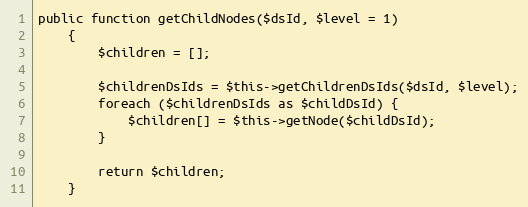
Language: PHP
public function getChildNodes($dsId, $level = 1)
    {
        $children = [];

        $childrenDsIds = $this->getChildrenDsIds($dsId, $level);
        foreach ($childrenDsIds as $childDsId) {
            $children[] = $this->getNode($childDsId);
        }

        return $children;
    }